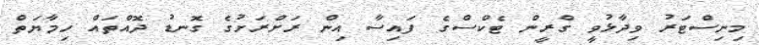
މިނިސްޓަރު ވިދާޅުވީ ގްރީން ޓެކްސްގެ ފައިސާ އިން ރަށްރަށުގެ ގޮނޑު ދޮއްތައް ހިމާޔަތް